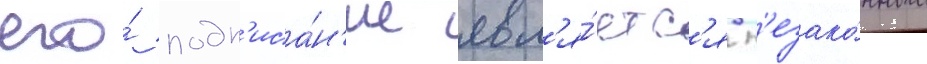
его́ подп'иса́н'ие явл'я́етс'я н'езако́нным